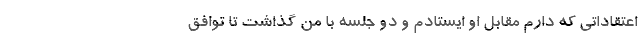
اعتقاداتی که دارم مقابل او ایستادم و دو جلسه با من گذاشت تا توافق